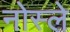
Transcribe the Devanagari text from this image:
नोस्ले